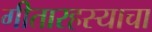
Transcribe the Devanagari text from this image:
गीतारहस्याचा